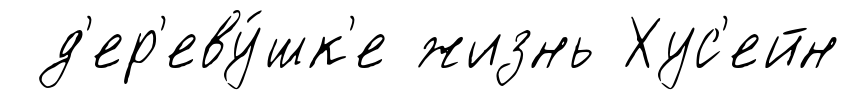
д'ер'еву́шк'е жизнь Хус'ейн